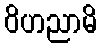
ဝိဟညာမိ